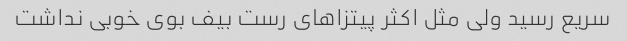
سریع رسید ولی مثل اکثر پیتزاهای رست بیف بوی خوبی نداشت